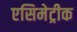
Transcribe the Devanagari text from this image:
एसिमेट्रीक